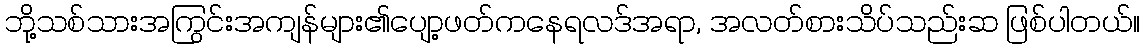
ဘို့သစ်သားအကြွင်းအကျန်များ၏ပျော့ဖတ်ကနေရလဒ်အရာ, အလတ်စားသိပ်သည်းဆ ဖြစ်ပါတယ်။